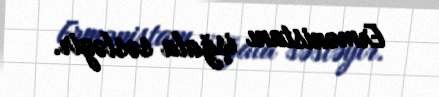
Ermənistanı işğala səsləyir.